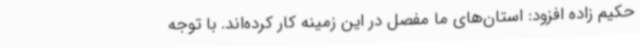
حکیم زاده افزود: استان‌های ما مفصل در این زمینه کار کرده‌اند. با توجه